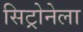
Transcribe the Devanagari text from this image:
सिट्रोनेला